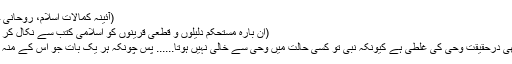
(آئینہ کمالات اسلام، روحانی خزائن جلد 5 صفحہ 46)
(ان بارہ مستحکم دلیلوں و قطعی قرینوں کو اسلامی کتب سے نکال کر منظر عام پر پیش کریں)
نبی کی اجتہادی غلطی بھی درحقیقت وحی کی غلطی ہے کیونکہ نبی تو کسی حالت میں وحی سے خالی نہیں ہوتا...... پس چونکہ ہر یک بات جو اس کے منہ سے نکلتی ہے وحی ہے۔